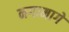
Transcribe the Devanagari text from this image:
नगामागे